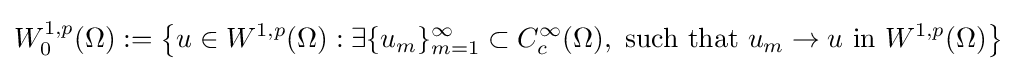
W_{0}^{1,p}(\Omega ):=\left\{u\in W^{1,p}(\Omega ):\exists \{u_{m}\}_{m=1}^{\infty }\subset C_{c}^{\infty }(\Omega ),\ {\text{such that}}\ u_{m}\to u\ {\textrm {in}}\ W^{1,p}(\Omega )\right\}